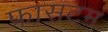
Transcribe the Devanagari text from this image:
फ्रासटम